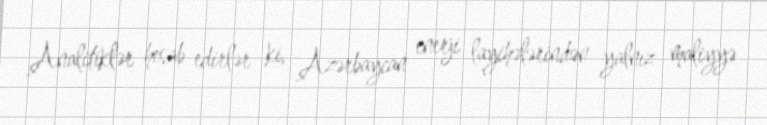
Analitiklər hesab edirlər ki, Azərbaycan enerji layihələrindən yalnız maliyyə